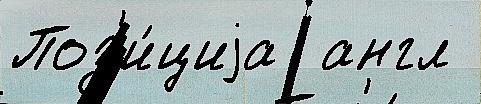
Поз'и́циjа  англ